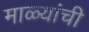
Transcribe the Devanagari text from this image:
माळ्यांची